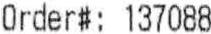
ORDER#: 137088